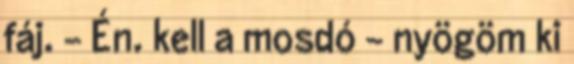
fáj. - Én. kell a mosdó - nyögöm ki